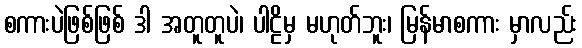
စကားပဲဖြစ်ဖြစ် ဒါ အတူတူပဲ၊ ပါဠိမှ မဟုတ်ဘူး၊ မြန်မာစကား မှာလည်း